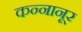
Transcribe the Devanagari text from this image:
कन्नानूर